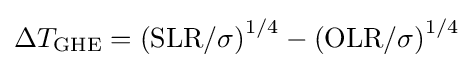
\Delta T_{\mathrm {GHE} }=\left(\mathrm {SLR} /\sigma \right)^{1/4}-\left(\mathrm {OLR} /\sigma \right)^{1/4}